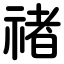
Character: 禇